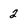
Character: 2